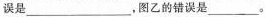
误是___，图乙的错误是___。